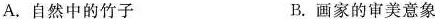
A.自然中的竹子 B.画家的审美意象